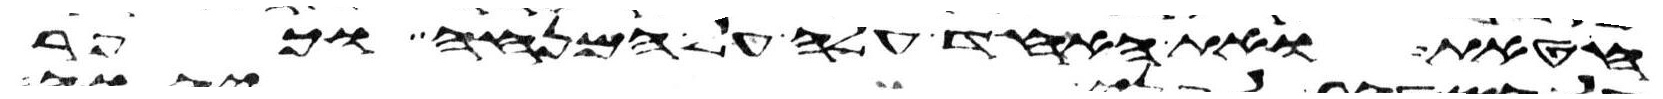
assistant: חטאת ואת האחד עלה על המנחה וכפר